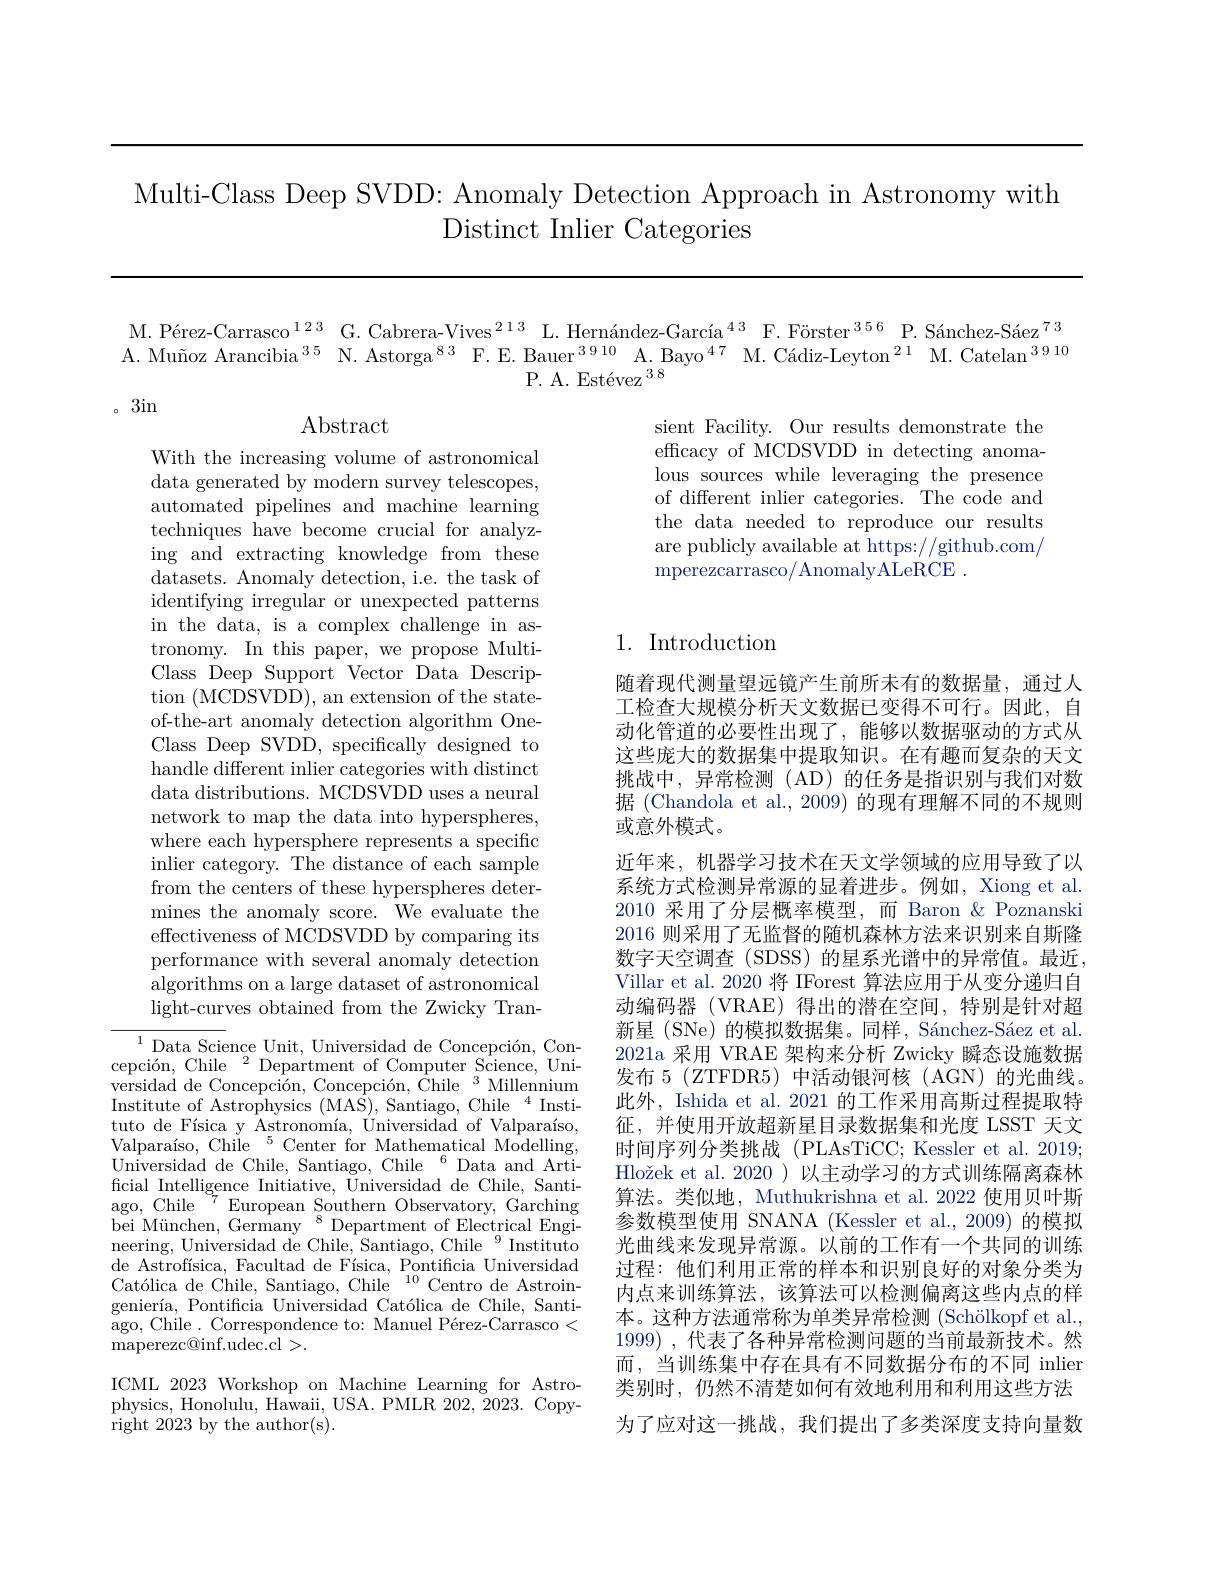
Multi-Class Deep SVDD: Anomaly Detection Approach in Astronomy with
Distinct Inlier Categories

M. Pérez-Carrasco$^123$ G.Cabrera-Vives$^{213}$ L.Hernández-García$^43$ F.Förster$^{356}$ P.Sánchez-Sáez$^{73}$ A. Muñoz Arancibia $^{35}$ N.Astorga$^{83}$ F.E.Bauer$^{3910}$ A.Bayo$^{47}$ M.Cádiz-Leyton$^{21}$ M.Catelan$^{3910}$
P. A. Estévez 38

。3in

$\operatorname{Abstract}$

sient Facility. Our results demonstrate the efficacy of MCDSVDD in detecting anomalous sources while leveraging the presence of different inlier categories. The code and the data needed to reproduce our results are publicly available at https://github.com/ ${\mathrm{mperezcarrasco/AnomalyALeRCE}}.$

## 1. Introduction

With the increasing volume of astronomical data generated by modern survey telescopes, automated pipelines and machine learning techniques have become crucial for analyzing and extracting knowledge from these datasets. Anomaly detection, i.e. the task of identifying irregular or unexpected patterns in the data, is a complex challenge in astronomy. In this paper, we propose MultiClass Deep Support Vector Data Description (MCDSVDD), an extension of the stateof-the-art anomaly detection algorithm OneClass Deep SVDD, specifically designed to handle different inlier categories with distinct data distributions. MCDSVDD uses a neural network to map the data into hyperspheres, where each hypersphere represents a specific inlier category. The distance of each sample from the centers of these hyperspheres determines the anomaly score. We evaluate the effectiveness of MCDSVDD by comparing its performance with several anomaly detection algorithms on a large dataset of astronomical light-curves obtained from the Zwicky Tran-

随着现代测量望远镜产生前所未有的数据量，通过人工检查大规模分析天文数据已变得不可行。因此，自动化管道的必要性出现了，能够以数据驱动的方式从这些庞大的数据集中提取知识。在有趣而复杂的天文挑战中，异常检测(AD)的任务是指识别与我们对数据 (Chandola et al., 2009) 的现有理解不同的不规则或意外模式。
近年来，机器学习技术在天文学领域的应用导致了以系统方式检测异常源的显着进步。例如，Xiong et al. 2010 采用了分层概率模型，而 Baron &Poznanski 2016 则采用了无监督的随机森林方法来识别来自斯隆数字天空调查 (SDSS) 的星系光谱中的异常值。最近， Villar et al. 2020 将 IForest 算法应用于从变分递归自动编码器 (VRAE)得出的潜在空间，特别是针对超新星 (SNe) 的模拟数据集。同样，Sánchez-Sáez et al. 2021a 采用 VRAE 架构来分析 Zwicky 瞬态设施数据发布 5 (ZTFDR5) 中活动银河核(AGN)的光曲线。此外，Ishida et al. 2021 的工作采用高斯过程提取特征，并使用开放超新星目录数据集和光度 LSST 天文时间序列分类挑战(PLAsTiCC; Kessler et al. 2019; Hložek et al. 2020 )以主动学习的方式训练隔离森林算法。类似地，Muthukrishna et al. 2022 使用贝叶斯参数模型使用 SNANA (Kessler et al., 2009) 的模拟光曲线来发现异常源。以前的工作有一个共同的训练过程：他们利用正常的样本和识别良好的对象分类为内点来训练算法，该算法可以检测偏离这些内点的样本。这种方法通常称为单类异常检测 (Schölkopf et al., 1999) ,代表了各种异常检测问题的当前最新技术。然而，当训练集中存在具有不同数据分布的不同 inlier 类别时，仍然不清楚如何有效地利用和利用这些方法为了应对这一挑战，我们提出了多类深度支持向量数

$^{1}$Data Science Unit, Universidad de Concepción, Concepción, Chile $^2$ Department of Computer Science, Universidad de Concepción, Concepción, Chile $^3$ Millennium Institute of Astrophysics (MAS), Santiago, Chile $^4$ Instituto de Física y Astronomía, Universidad of Valparaíso, Valparaíso, Chile$^{5}$Center for Mathematical Modelling, Universidad de Chile, Santiago, Chile $^{6}$Data and Artificial Intelligence Initiative, Universidad de Chile, Santiago, Chile$\begin{array}{cc}{{}^{7}}&{{\mathrm{European~Southern~Observatory,}}}\end{array}$ bei München, Germany $^{8}$Department of Electrical Engineering, Universidad de Chile, Santiago, Chile $^{9}$ Instituto de Astrofísica, Facultad de Física, Pontificia Universidad Católica de Chile, Santiago, Chile$^{10}$Centro de Astroingeniería, Pontificia Universidad Católica de Chile, Santiago, Chile. Correspondence to: Manuel Pérez-Carrasco< maperezc@ inf. udec. cl> .

ICML 2023 Workshop on Machine Learning for Astrophysics, Honolulu, Hawaii, USA. PMLR 202, 2023. Copyright 2023 by the author(s).